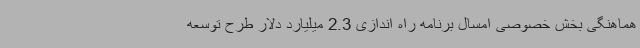
هماهنگی بخش خصوصی امسال برنامه راه اندازی 2.3 میلیارد دلار طرح توسعه